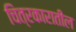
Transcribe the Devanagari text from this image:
चित्रकारातील